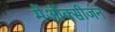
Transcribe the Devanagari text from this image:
मेंऑक्सीजन